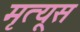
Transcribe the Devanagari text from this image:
मृत्यूस